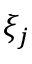
\xi _ { j }